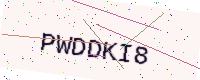
Text: PWDDKI8